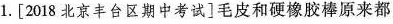
1.[2018北京丰台区期中考试]毛皮和硬橡胶棒原来都